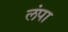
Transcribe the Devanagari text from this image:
लंपा